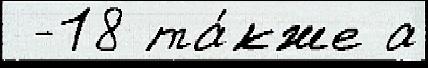
 -18 та́кже а